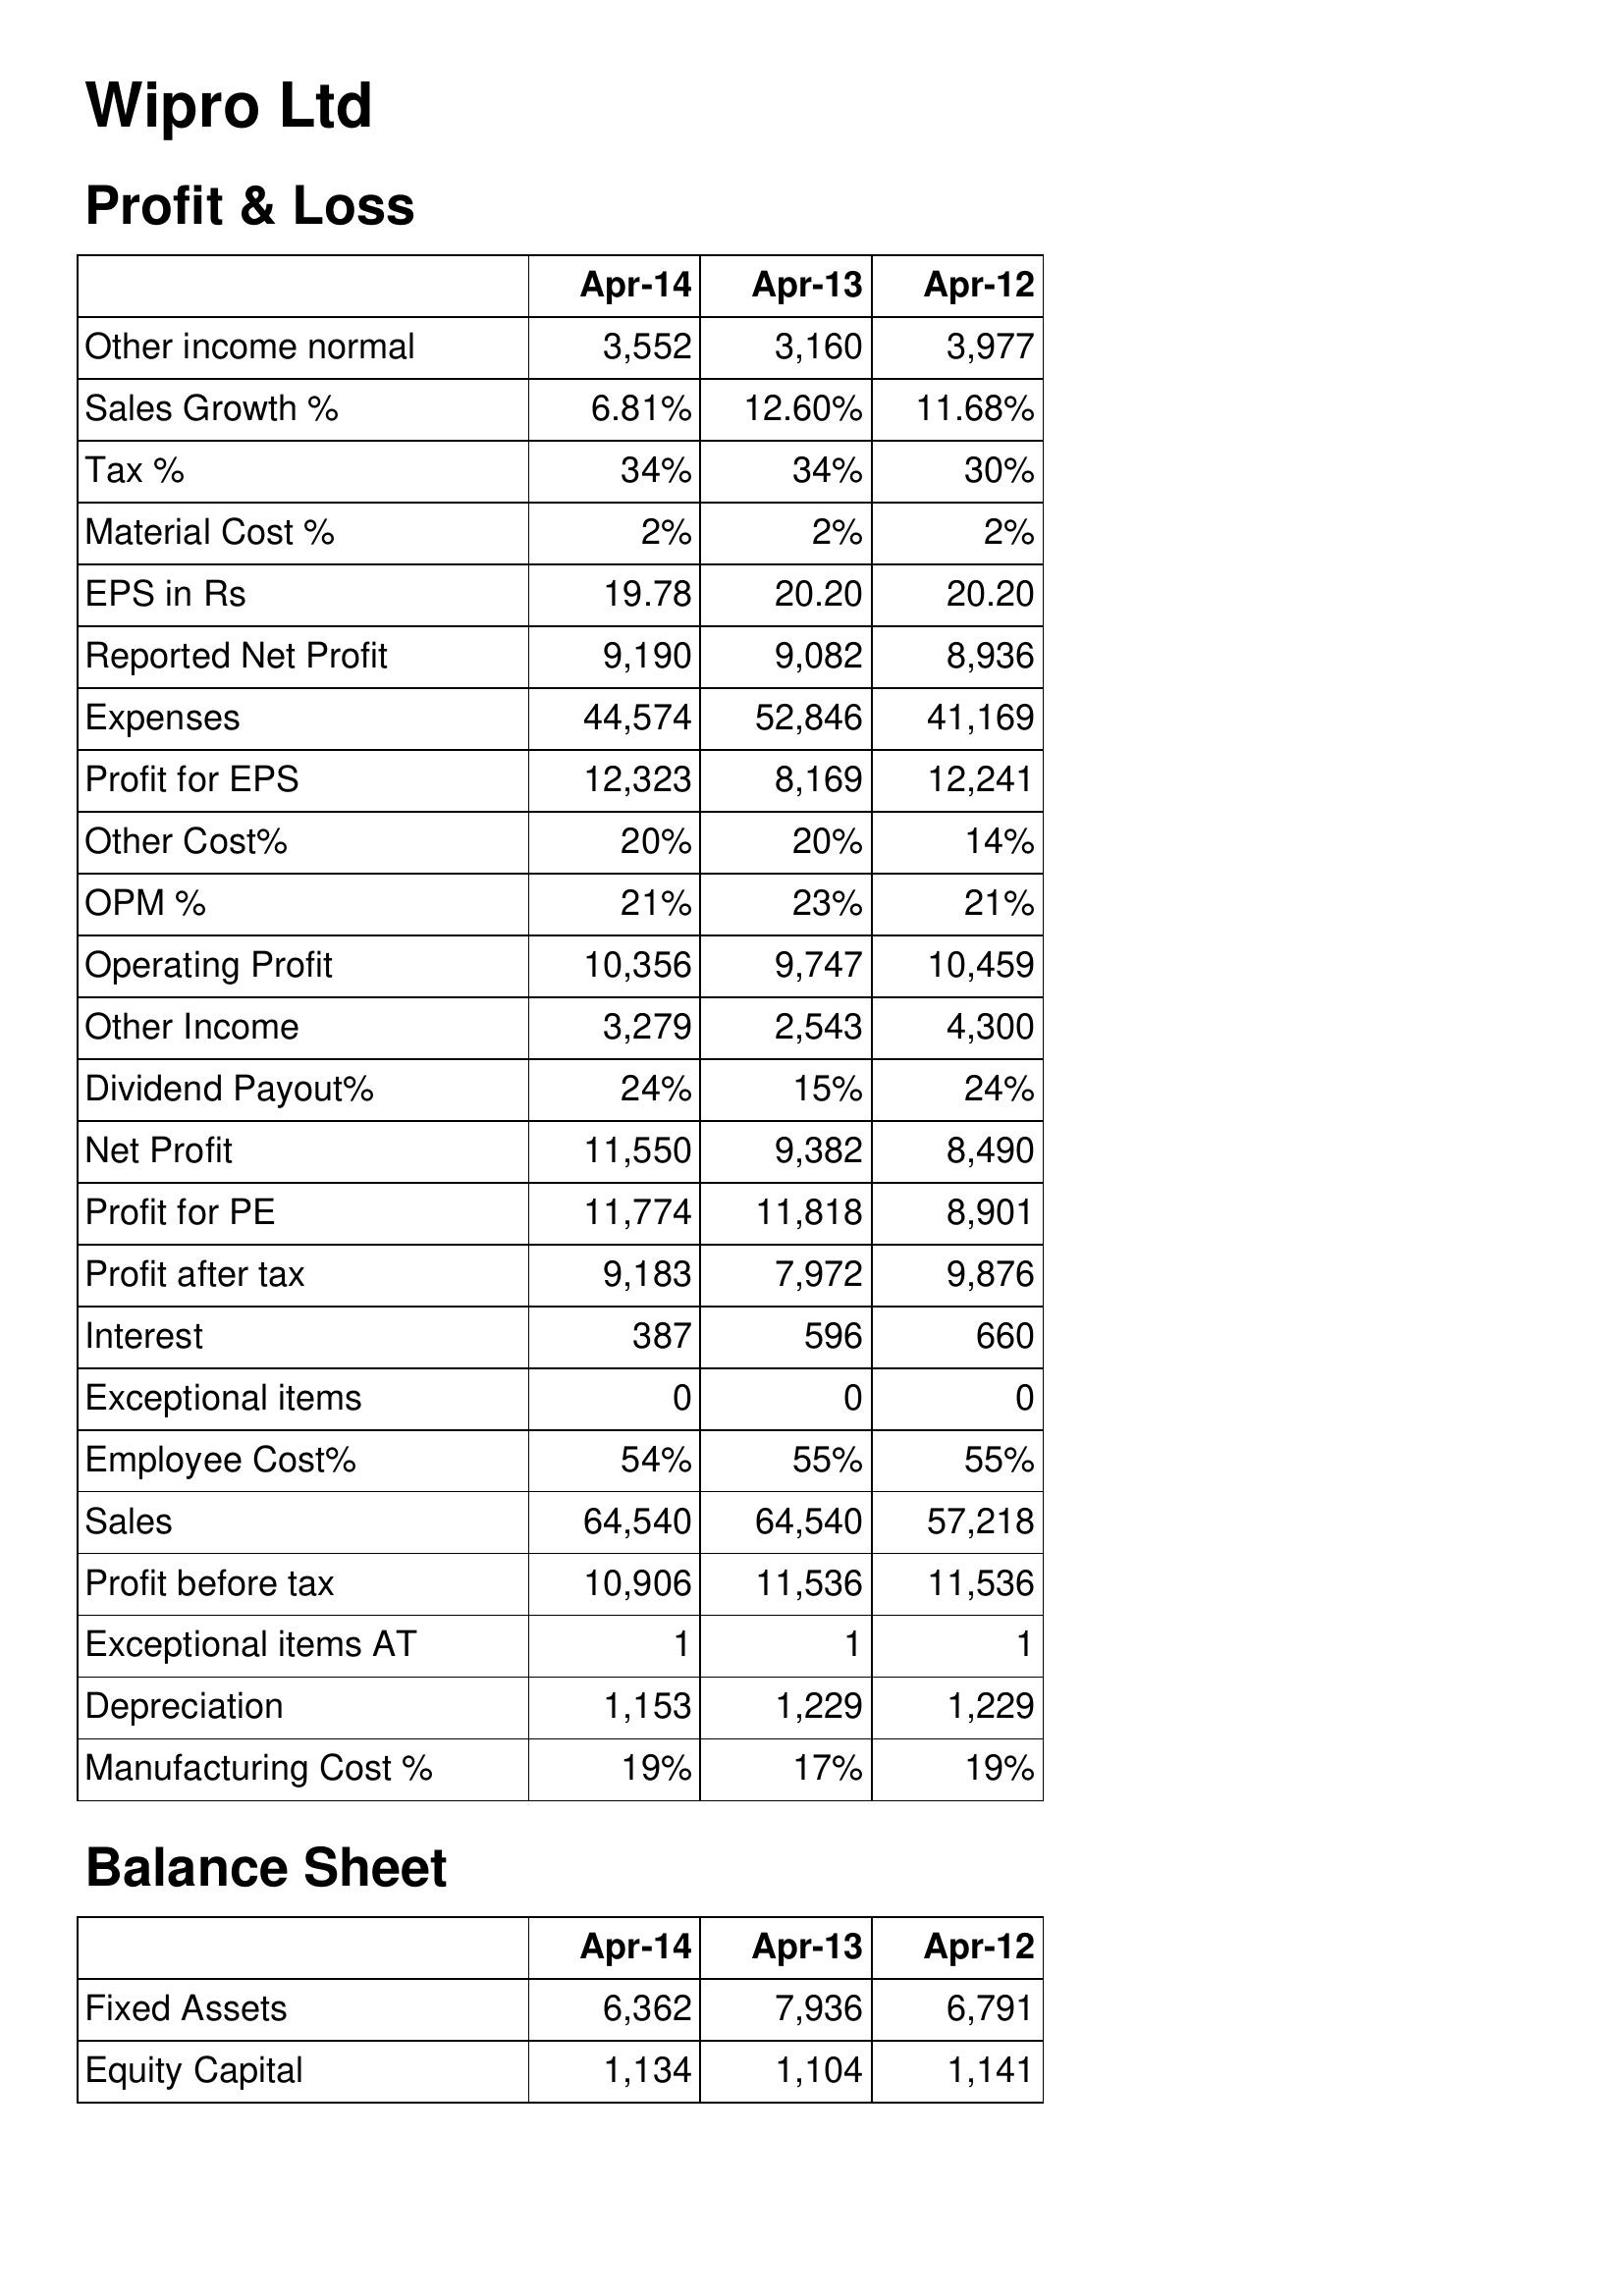
Apr-14: Profit & Loss: Other income normal: 3,552
Sales Growth %: 6.81%
Tax %: 34%
Material Cost %: 2%
EPS in Rs: 19.78
Reported Net Profit: 9,190
Expenses: 44,574
Profit for EPS: 12,323
Other Cost%: 20%
OPM %: 21%
Operating Profit: 10,356
Other Income: 3,279
Dividend Payout%: 24%
Net Profit: 11,550
Profit for PE: 11,774
Profit after tax: 9,183
Interest: 387
Exceptional items: 0
Employee Cost%: 54%
Sales: 64,540
Profit before tax: 10,906
Exceptional items AT: 1
Depreciation: 1,153
Manufacturing Cost %: 19%
Balance Sheet: Fixed Assets: 6,362
Equity Capital: 1,134
Apr-13: Profit & Loss: Other income normal: 3,160
Sales Growth %: 12.60%
Tax %: 34%
Material Cost %: 2%
EPS in Rs: 20.20
Reported Net Profit: 9,082
Expenses: 52,846
Profit for EPS: 8,169
Other Cost%: 20%
OPM %: 23%
Operating Profit: 9,747
Other Income: 2,543
Dividend Payout%: 15%
Net Profit: 9,382
Profit for PE: 11,818
Profit after tax: 7,972
Interest: 596
Exceptional items: 0
Employee Cost%: 55%
Sales: 64,540
Profit before tax: 11,536
Exceptional items AT: 1
Depreciation: 1,229
Manufacturing Cost %: 17%
Balance Sheet: Fixed Assets: 7,936
Equity Capital: 1,104
Apr-12: Profit & Loss: Other income normal: 3,977
Sales Growth %: 11.68%
Tax %: 30%
Material Cost %: 2%
EPS in Rs: 20.20
Reported Net Profit: 8,936
Expenses: 41,169
Profit for EPS: 12,241
Other Cost%: 14%
OPM %: 21%
Operating Profit: 10,459
Other Income: 4,300
Dividend Payout%: 24%
Net Profit: 8,490
Profit for PE: 8,901
Profit after tax: 9,876
Interest: 660
Exceptional items: 0
Employee Cost%: 55%
Sales: 57,218
Profit before tax: 11,536
Exceptional items AT: 1
Depreciation: 1,229
Manufacturing Cost %: 19%
Balance Sheet: Fixed Assets: 6,791
Equity Capital: 1,141